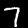
Digit: 7